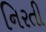
નિરતી